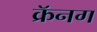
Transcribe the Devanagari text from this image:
क्रॅनग